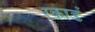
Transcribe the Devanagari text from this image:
रकार्ड